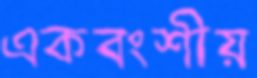
একবংশীয়